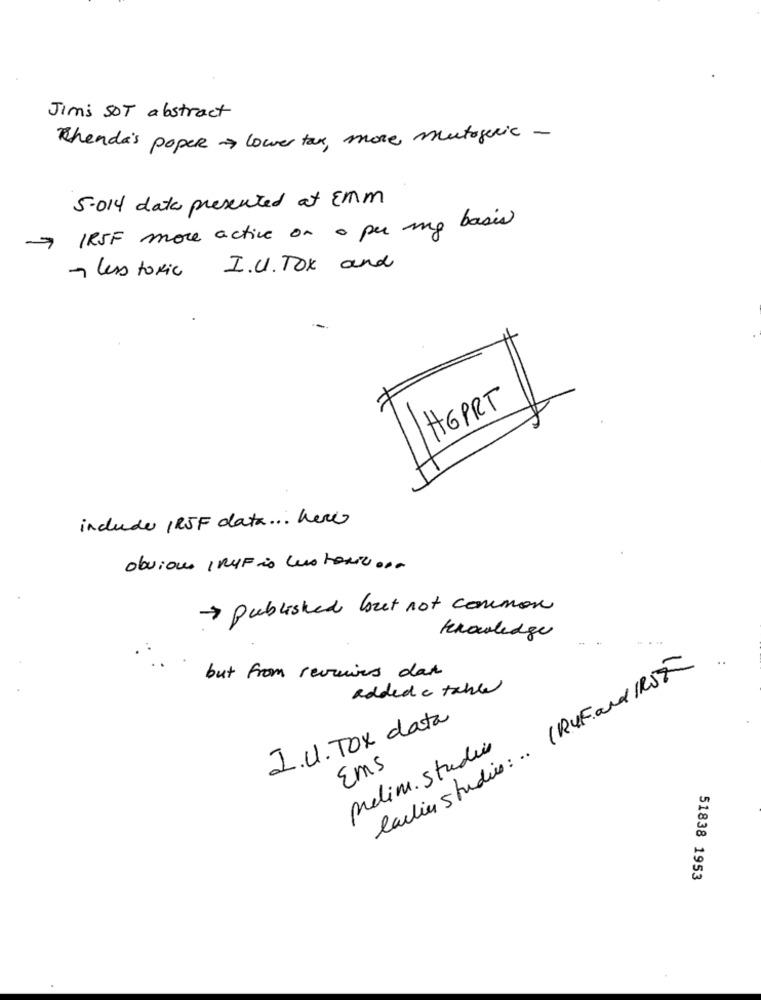
Jimi SOT abstract
Rhenda's poper lower tax, more mutagenic -
5-014 data presented at EMM
IRSF more active on o per my basis
less toxic I.U.TOX and
HGPer
HEPRT
include IRJF data ... here
obvious / RMF is cus toxic ...
> published but not common
knowledge
laulier studio : .. (RVF. and IRST
but from revenues dat
added e table
I.U. Tox data
prelim. studio
Ems
51838 1953